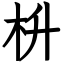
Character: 枡